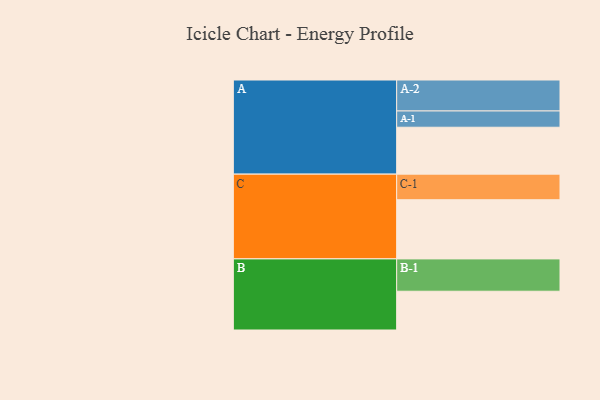
{"axis": {"x": "Segment", "y": "Value"}, "legend": ["", "A", "B", "C"], "data": [{"x": "A", "y": 409, "type": ""}, {"x": "B", "y": 338, "type": ""}, {"x": "C", "y": 516, "type": ""}, {"x": "A-1", "y": 142, "type": "A"}, {"x": "A-2", "y": 270, "type": "A"}, {"x": "B-1", "y": 282, "type": "B"}, {"x": "C-1", "y": 223, "type": "C"}]}